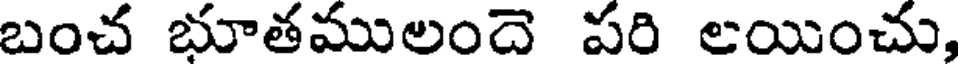
బంచ భూతములందె పరి లయించు,